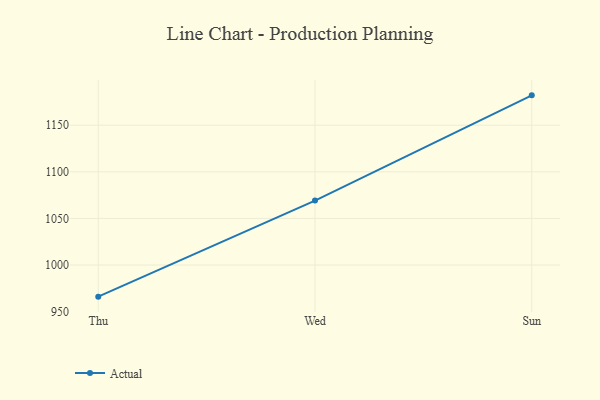
{"axis": {"x": "Day", "y": "Latency (ms)"}, "legend": ["Actual"], "data": [{"x": "Thu", "y": 966.1, "type": "Actual"}, {"x": "Wed", "y": 1069.1, "type": "Actual"}, {"x": "Sun", "y": 1182.0, "type": "Actual"}]}